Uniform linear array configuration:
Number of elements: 48
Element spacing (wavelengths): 0.5
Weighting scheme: blackman
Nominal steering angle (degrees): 45
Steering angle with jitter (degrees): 44.709
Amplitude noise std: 0.05
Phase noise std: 0.05

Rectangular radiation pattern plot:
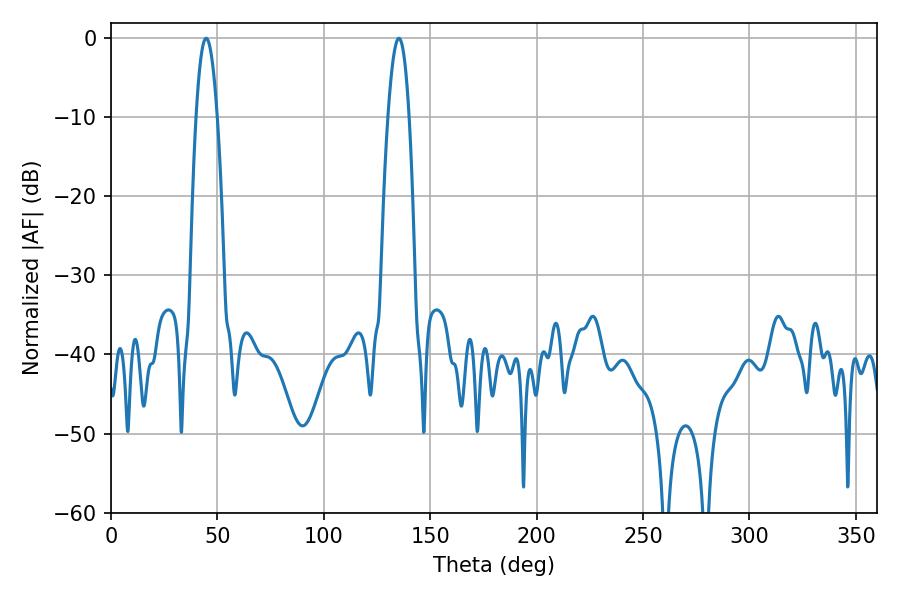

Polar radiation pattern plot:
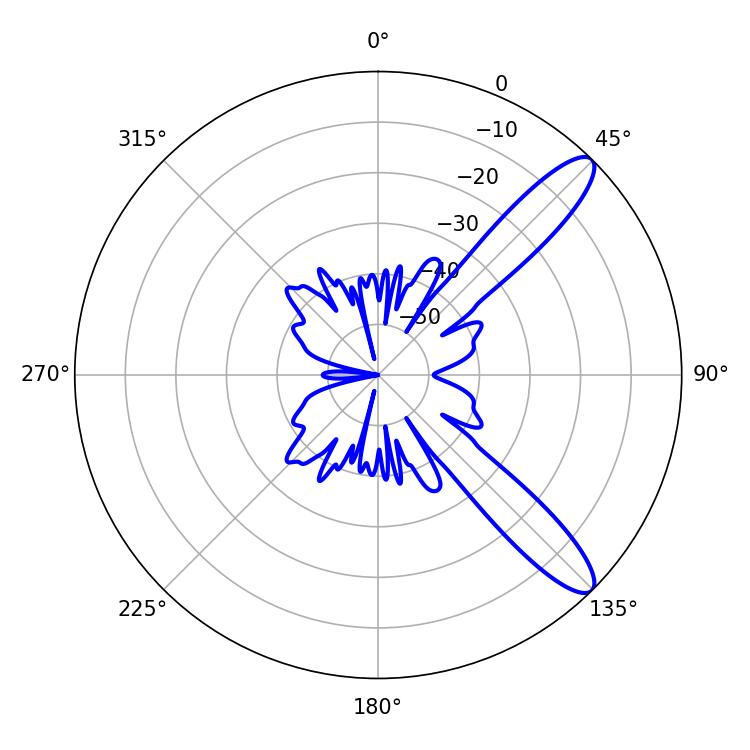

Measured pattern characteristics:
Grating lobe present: FALSE
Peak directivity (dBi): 11.381
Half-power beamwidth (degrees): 5.4
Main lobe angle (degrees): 44.64